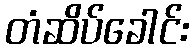
တံဆိပ်ခေါင်း